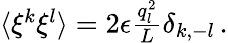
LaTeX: \begin{array}{r}{\langle\xi^{k}\xi^{l}\rangle=2\epsilon\frac{q_{l}^{2}}{L}\delta_{k,-l}\, .}\end{array}